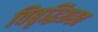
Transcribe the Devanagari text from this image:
विबृद्धिग्रस्त